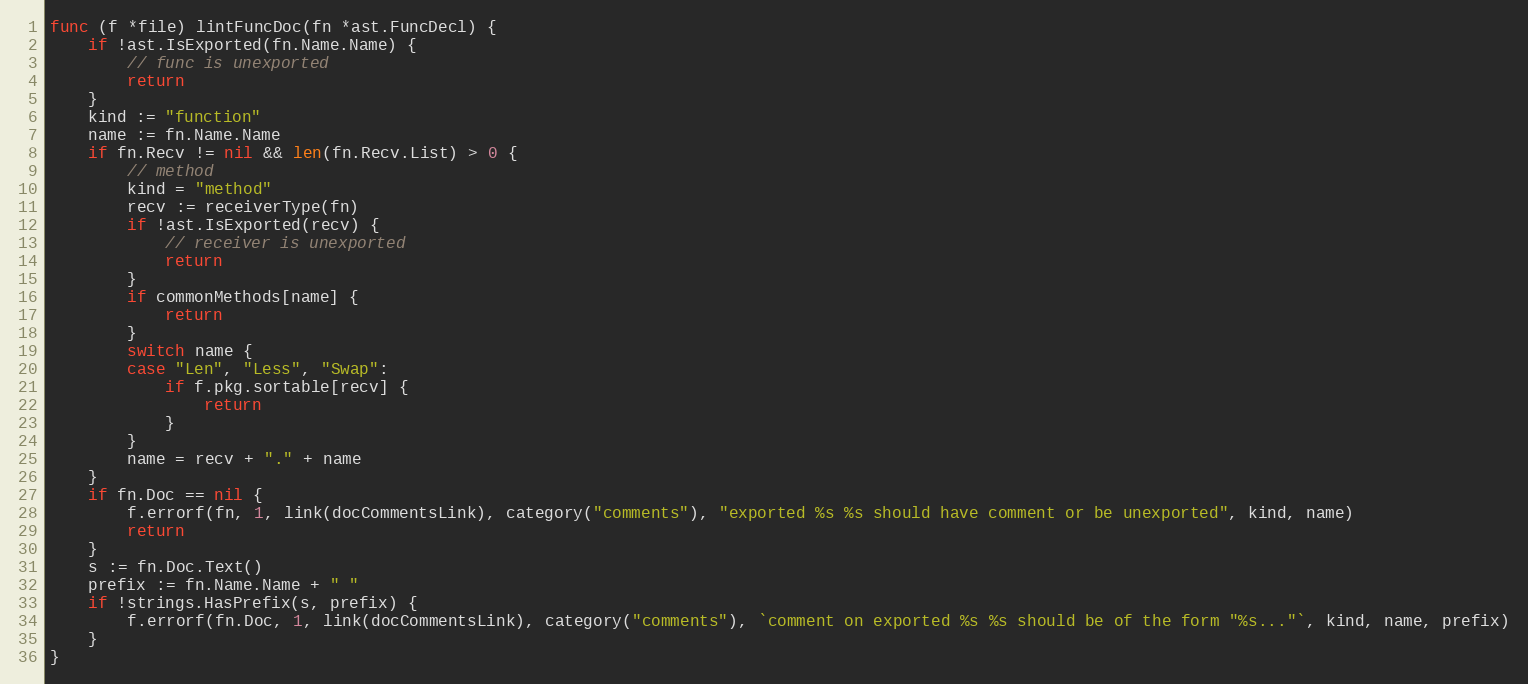
Language: Go
func (f *file) lintFuncDoc(fn *ast.FuncDecl) {
	if !ast.IsExported(fn.Name.Name) {
		// func is unexported
		return
	}
	kind := "function"
	name := fn.Name.Name
	if fn.Recv != nil && len(fn.Recv.List) > 0 {
		// method
		kind = "method"
		recv := receiverType(fn)
		if !ast.IsExported(recv) {
			// receiver is unexported
			return
		}
		if commonMethods[name] {
			return
		}
		switch name {
		case "Len", "Less", "Swap":
			if f.pkg.sortable[recv] {
				return
			}
		}
		name = recv + "." + name
	}
	if fn.Doc == nil {
		f.errorf(fn, 1, link(docCommentsLink), category("comments"), "exported %s %s should have comment or be unexported", kind, name)
		return
	}
	s := fn.Doc.Text()
	prefix := fn.Name.Name + " "
	if !strings.HasPrefix(s, prefix) {
		f.errorf(fn.Doc, 1, link(docCommentsLink), category("comments"), `comment on exported %s %s should be of the form "%s..."`, kind, name, prefix)
	}
}